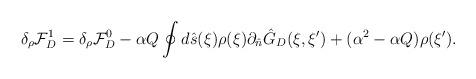
LaTeX: \begin{align*}{\delta_{\rho}}{\mathcal{F}_D^1}={\delta_{\rho}}{\mathcal{F}_D^0}-\alpha{Q}\oint{d}\hat{s}(\xi)\rho(\xi){\partial_{\hat{n}}}{\hat{G}_D}(\xi,\xi')+({\alpha^2}-\alpha{Q})\rho(\xi').\end{align*}